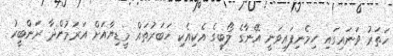
ހަތަރު ވަނައިގައި ހިމެނިފައިވަނީ އޭނާގެ ލޯބީގެ އެކިއެކި ޚަބަރުތައް މީޑިޔާއަށް އަރަމުންދާ ރަންބީރު